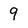
Character: 9